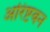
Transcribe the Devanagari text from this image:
अरिष्टबन